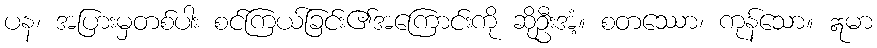
ပန၊ အပြားမှတစ်ပါး စင်ကြယ်ခြင်း၏အကြောင်းကို ဆိုဦးအံ့။ စတဿော၊ ကုန်သော။ ဣမာ